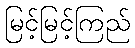
မြင့်မြင့်ကြည်